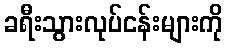
ခရီးသွားလုပ်ငန်းများကို